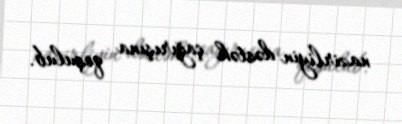
nazirliyin dəstək çağırışına qoşulub.